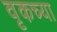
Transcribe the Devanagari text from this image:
वृकच्या